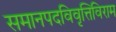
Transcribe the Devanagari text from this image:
समानपदविवृत्तिविराम